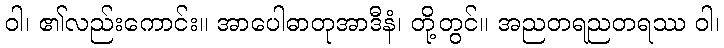
ဝါ၊ ၏လည်းကောင်း။ အာပေါဓာတုအာဒီနံ၊ တို့တွင်။ အညတရညတရဿ ဝါ၊